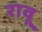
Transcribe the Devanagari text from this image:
रावू